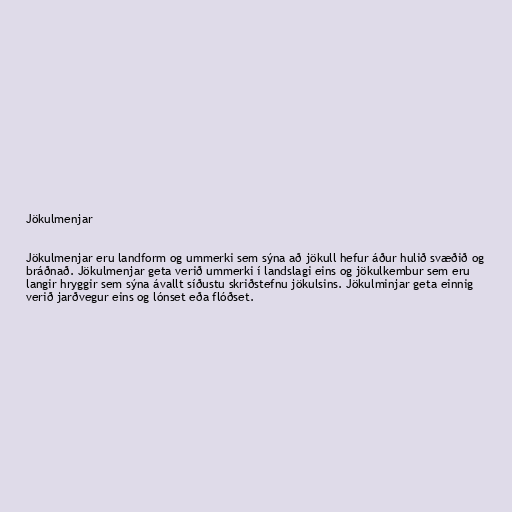
Jökulmenjar

Jökulmenjar eru landform og ummerki sem sýna að jökull hefur áður hulið svæðið og
bráðnað. Jökulmenjar geta verið ummerki í landslagi eins og jökulkembur sem eru
langir hryggir sem sýna ávallt síðustu skriðstefnu jökulsins. Jökulminjar geta einnig
verið jarðvegur eins og lónset eða flóðset.